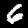
Digit: 6